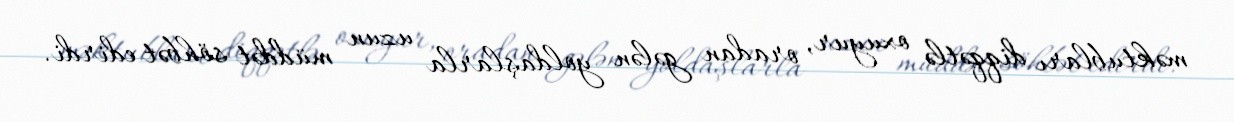
məktubları diqqətlə oxuyur, oradan gələn yoldaşlarla uzun müddət söhbət edirdi.